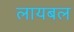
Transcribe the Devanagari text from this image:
लायबल